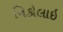
નિકોલાઇ